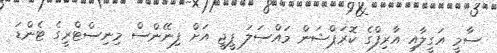
ސާމީ އަގީލާއި އާރިފްގެ ކޮރަޕްޝަން މައްސަލަ ޕީޖީ އަށް ފިނޭންސް މިނިސްޓްރީގެ ޓެންޑަ